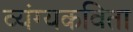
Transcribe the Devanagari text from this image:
व्यंग्यकविता